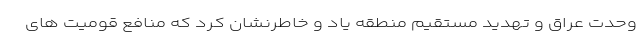
وحدت عراق و تهدید مستقیم منطقه یاد و خاطرنشان کرد که منافع قومیت های